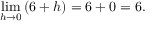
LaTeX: \operatorname* { l i m } _ { h \to 0 } { ( 6 + h ) } = 6 + 0 = 6 .